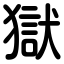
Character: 獄